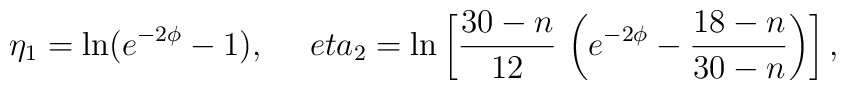
\eta_1 =\ln (e^{-2\phi} -1), \ \ \ \ \ \\eta_2 =\ln \left[ \frac{30-n}{12} \, \left( e^{-2\phi} -\frac{18-n}{30-n}\right) \right],